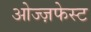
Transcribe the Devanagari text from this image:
ओज्ज़फेस्ट